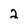
Character: 2